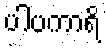
ပါပကာရိ